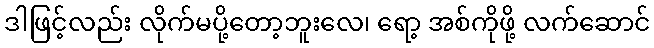
ဒါဖြင့်လည်း လိုက်မပို့တော့ဘူးလေ၊ ရော့ အစ်ကိုဖို့ လက်ဆောင်